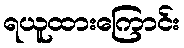
ရယူထားကြောင်း